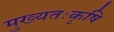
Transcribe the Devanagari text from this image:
मुख्यतःकृषि